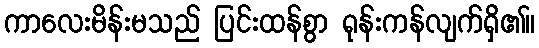
ကာလေးမိန်းမသည် ပြင်းထန်စွာ ရုန်းကန်လျက်ရှိ၏။